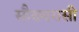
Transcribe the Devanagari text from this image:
सौख्यरासी